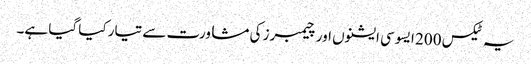
یہ ٹیکس 200 ایسوسی ایشنوں اور چیمبرز کی مشاورت سے تیار کیا گیا ہے۔